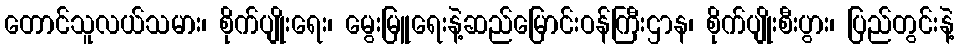
တောင်သူလယ်သမား၊ စိုက်ပျိုးရေး၊ မွေးမြူရေးနဲ့ဆည်မြောင်းဝန်ကြီးဌာန၊ စိုက်ပျိုးစီးပွား၊ ပြည်တွင်းနဲ့